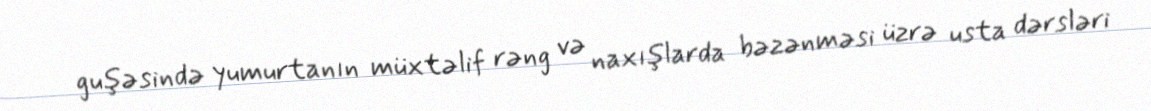
guşəsində yumurtanın müxtəlif rəng və naxışlarda bəzənməsi üzrə usta dərsləri